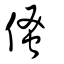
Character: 𠋺